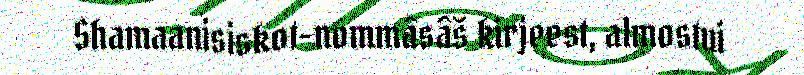
Shamaanisiskot-nommâsâš kirjeest, almostui